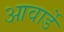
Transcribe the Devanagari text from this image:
आवार्डे